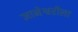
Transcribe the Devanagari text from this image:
ज्ञानेश्वरीला